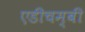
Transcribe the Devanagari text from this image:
एडीचम्बी